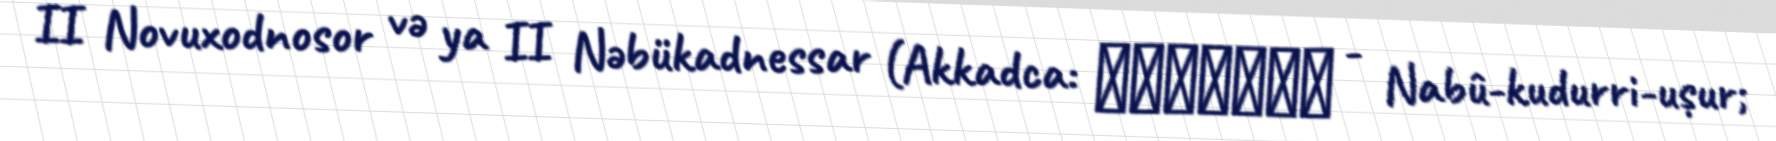
II Novuxodnosor və ya II Nəbükadnessar (Akkadca: 𒀭𒀝𒆪𒁺𒌨𒊑𒋀 - Nabû-kudurri-uṣur;